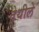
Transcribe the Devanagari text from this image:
तेथीले